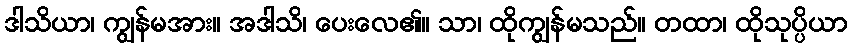
ဒါသိယာ၊ ကျွန်မအား။ အဒါသိ၊ ပေးလေ၏။ သာ၊ ထိုကျွန်မသည်။ တထာ၊ ထိုသုပ္ပိယာ